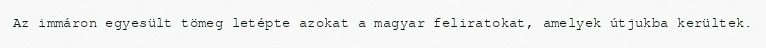
Az immáron egyesült tömeg letépte azokat a magyar feliratokat, amelyek útjukba kerültek.